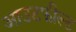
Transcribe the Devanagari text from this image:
आउटफील्‍ड